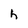
Character: h